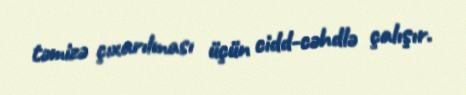
təmizə çıxarılması üçün cidd-cəhdlə çalışır.